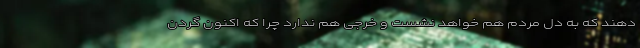
دهند که به دل مردم هم خواهد نشست و خرجی هم ندارد چرا که اکنون گردن